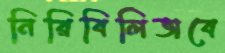
নিরিবিলিভাবে